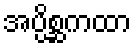
အပ္ပိစ္ဆကထာ